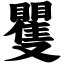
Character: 矍